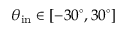
\theta _ { \mathrm { i n } } \in [ - 3 0 ^ { \circ } , 3 0 ^ { \circ } ]